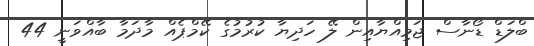
ބްލަޑް ޑޯނާސް ޖަމިއްޔާއިން ލޭ ހަދިޔާ ކުރުމުގެ ކޭމްޕެއް މާދަމާ ބާއްވަނީ 44